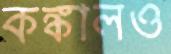
কঙ্কালও